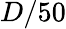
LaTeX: D/50